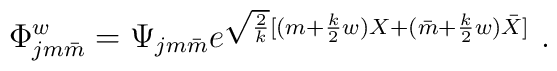
\Phi_{jm\bar{m}}^w=\Psi_{jm\bar{m}}e^{\sqrt{2\over k}[(m+{k\over 2}w)X+(\bar m+{k\over 2}w)\bar X]}~.